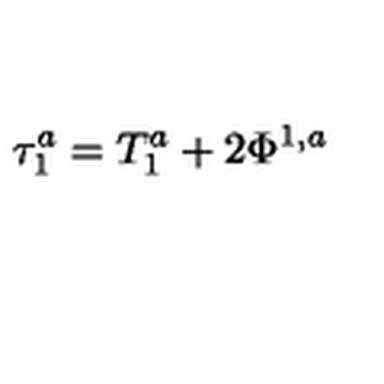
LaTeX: \tau _ { 1 } ^ { a } = T _ { 1 } ^ { a } + 2 \Phi ^ { 1 , a }